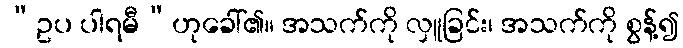
“ဥပ ပါရမီ”ဟုခေါ်၏။ အသက်ကို လှူခြင်း၊ အသက်ကို စွန့်၍